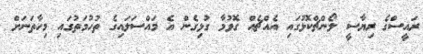
ރައީސްގެ ރިޔާސީ ލޯންޗްކޮޅުގައި އެއްޗެއް ގޮވުމާ ގުޅިގެން އެ މައްސަލައިގެ ތުހުމަތުގައި މިހާތަނަށް